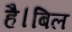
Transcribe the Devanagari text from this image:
है।बिल